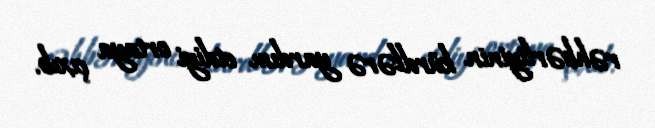
rəhbərliyinin kürdlərə yardım etdiyi ortaya çıxıb.